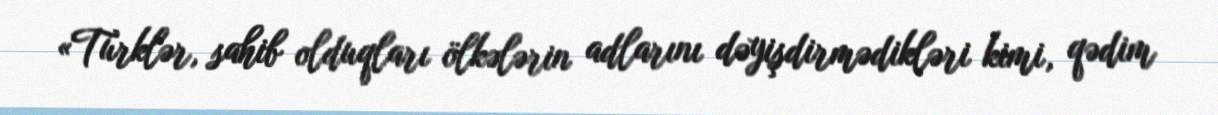
«Türklər, sahib olduqları ölkələrin adlarını dəyişdirmədikləri kimi, qədim